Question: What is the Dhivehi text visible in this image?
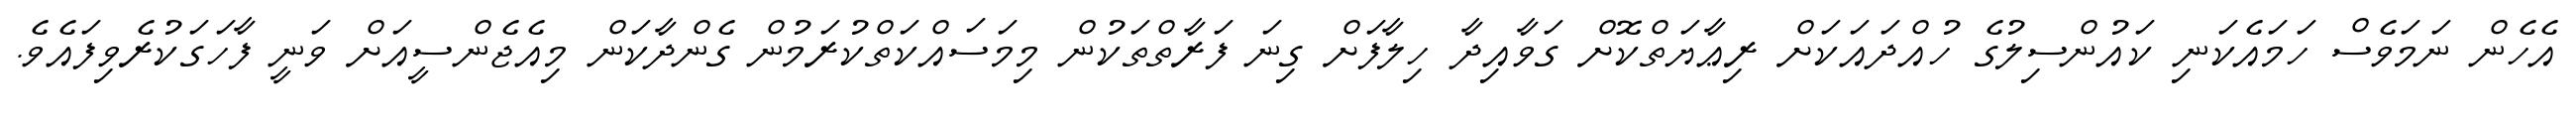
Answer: އެހެން ނަމަވެސް ހަމައެކަނި ކައުންސިލުގެ ހުއްދައަކަށް ރިޢާޔަތްކޮށް ގަވާއިދާ ހިލާފަށް ގިނަ ފަރާތްތަކުން މިމަސައްކަތްކުރަމުން ގެންދާކަން މިއެޖެންސީއަށް ވަނީ ފާހަގަކުރެވިފައެވެ.